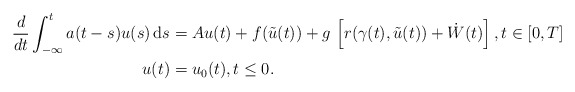
\begin{align*} \begin{aligned} \frac{d}{dt} \int_{-\infty}^t a(t-s)u(s) \, {\rm d}s &= A u(t) + f(\tilde{u} (t)) + g \,\left[r(\gamma (t), \tilde u(t)) + \dot W(t) \right], t \in [0,T] \\ u(t) &= u_0(t), t \le 0. \end{aligned} \end{align*}